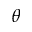
\theta